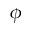
\phi